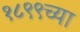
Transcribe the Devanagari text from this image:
१८९९च्या